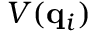
V ( \mathbf { q } _ { i } )